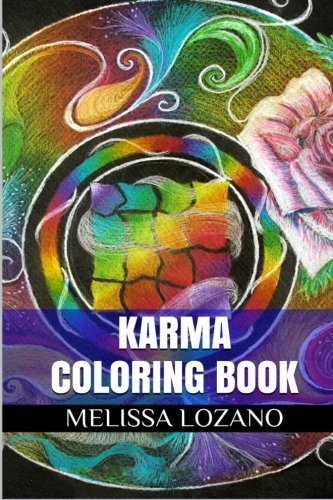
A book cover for Karma Coloring Book: Inspirational Experience and Indian Mandala Adult Coloring Book; Melissa Lozano; Religion & Spirituality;